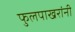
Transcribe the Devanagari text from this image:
फुलपाखरांनी